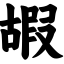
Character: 嘏